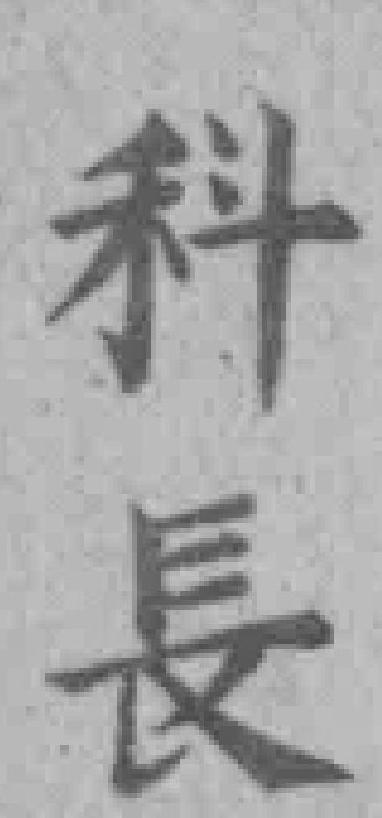
科長